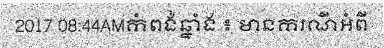
2017 08:44AMកំពង់ឆ្នាំង ៖ មានករណីអំពី